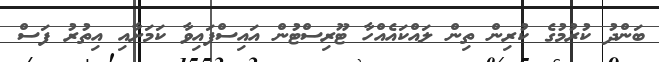
ބަންދު ކުރުމުގެ ކުރިން ތިން ލައްކައެއްހާ ޓޫރިސްޓުން އައިސްފައިވާ ކަމަށާއި އިތުރު ފަސް